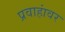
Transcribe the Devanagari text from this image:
प्रवाहांवर